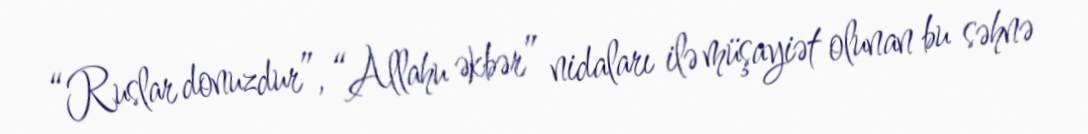
“Ruslar donuzdur”, “Allahu əkbər” nidaları ilə müşayiət olunan bu səhnə